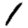
Digit: 1